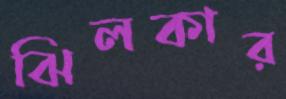
ঝিলকার